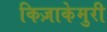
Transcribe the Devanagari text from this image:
किज़ाकेमुरी